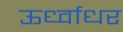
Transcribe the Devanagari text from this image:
ऊर्ध्‍वाधर